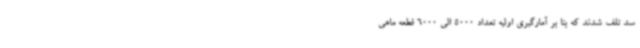
سد تلف شدند که بنا بر آمارگیری اولیه تعداد 5000 الی 6000 قطعه ماهی